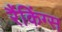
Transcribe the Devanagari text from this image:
रैंकिंग्स